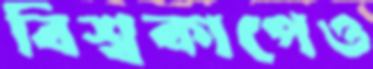
বিশ্বকাপেও